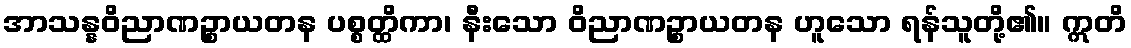
အာသန္နဝိညာဏဉ္စာယတန ပစ္စတ္ထိကာ၊ နီးသော ဝိညာဏဉ္စာယတန ဟူသော ရန်သူတို့၏။ ဣတိ